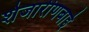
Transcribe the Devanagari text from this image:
शेजारीणबाई